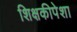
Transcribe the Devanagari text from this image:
शिक्षकीपेशा